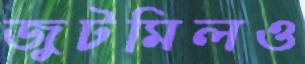
জুটমিলও